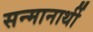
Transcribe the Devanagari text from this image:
सन्मानार्थी